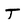
Character: T